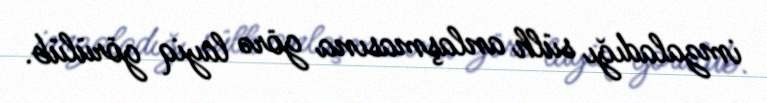
imzaladığı sülh anlaşmasına görə layiq görülüb.